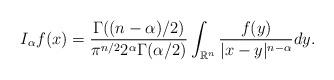
LaTeX: \begin{align*}I_{\alpha}f(x)=\frac{\Gamma((n-\alpha)/2)}{\pi^{n/2}2^{\alpha}\Gamma(\alpha/2)}\int_{\mathbb{R}^n}\frac{f(y)}{|x-y|^{n-\alpha}}dy.\end{align*}